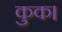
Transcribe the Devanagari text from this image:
कुक।